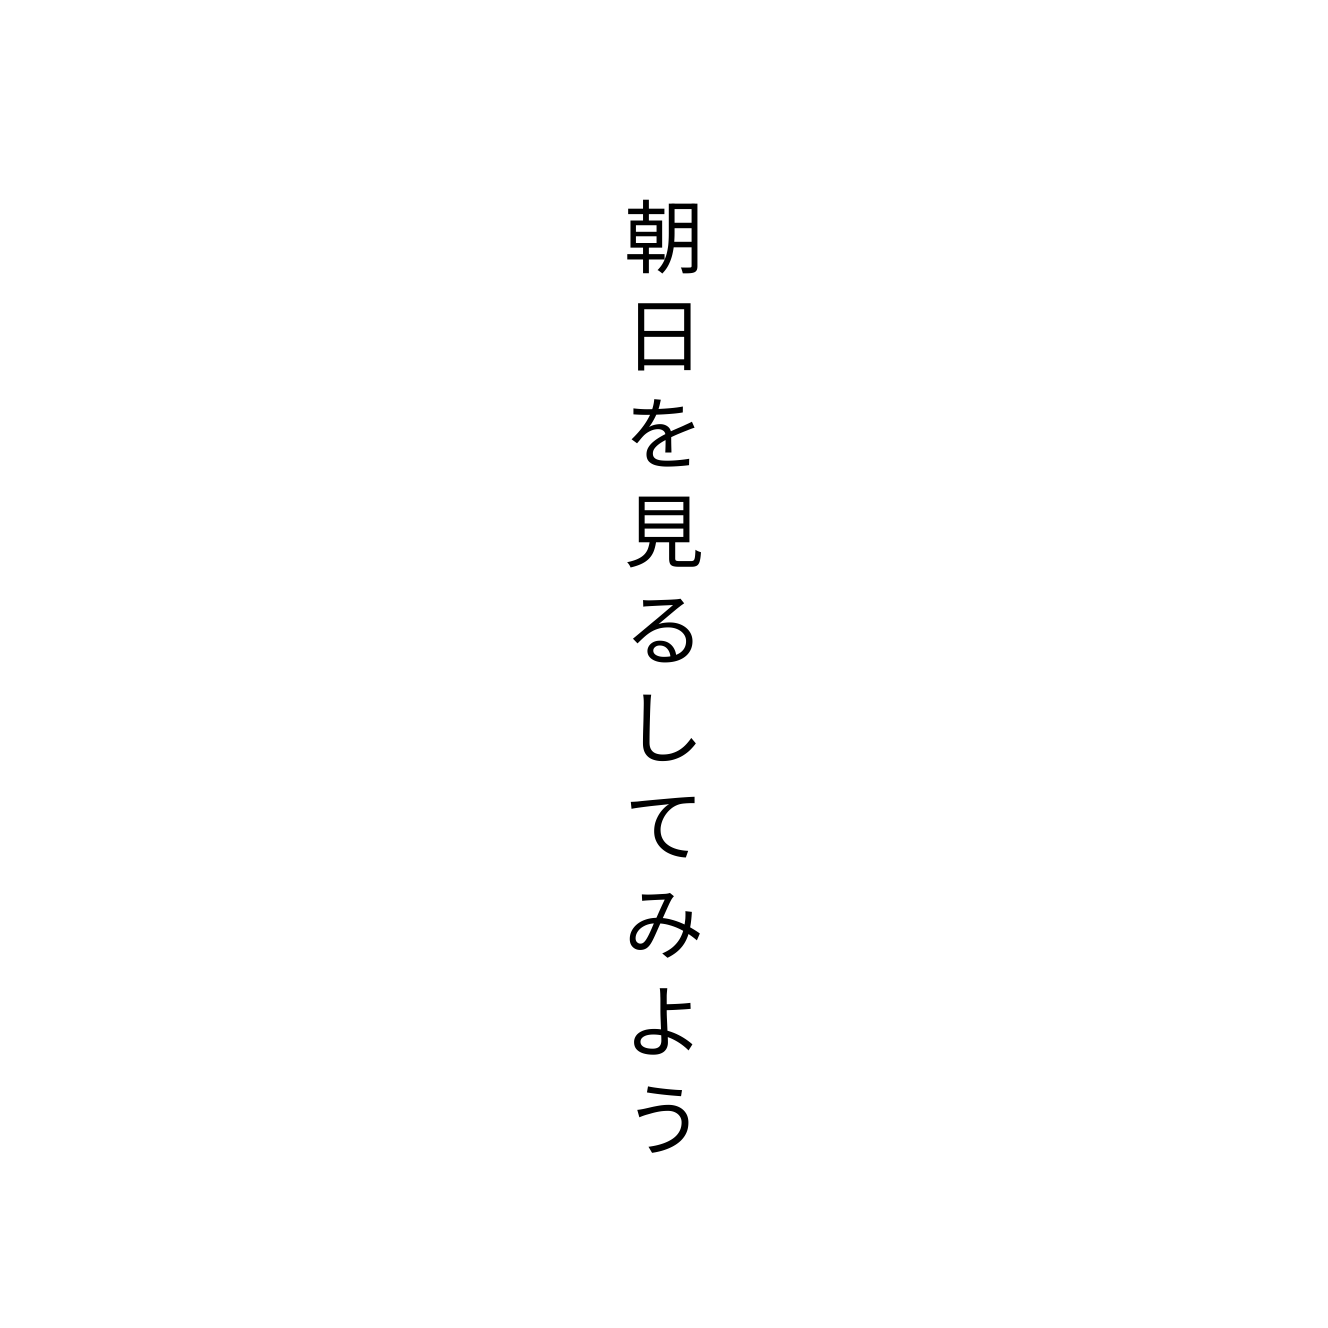
朝日を見るしてみよう